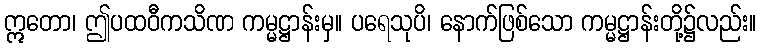
ဣတော၊ ဤပထဝီကသိဏ ကမ္မဋ္ဌာန်းမှ။ ပရေသုပိ၊ နောက်ဖြစ်သော ကမ္မဋ္ဌာန်းတို့၌လည်း။